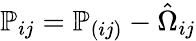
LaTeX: {\mathbb P}_{ij}={\mathbb P}_{(ij)}-\hat{\Omega}_{ij}